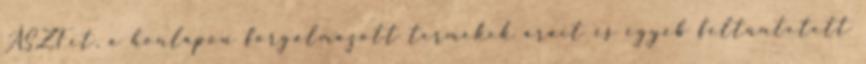
ÁSZFet, a honlapon forgalmazott termékek árait és egyéb feltüntetett